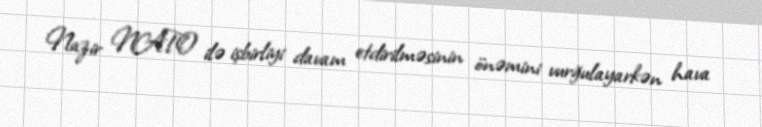
Nazir NATO ilə işbirliyi davam etdirilməsinin önəmini vurğulayarkən hava